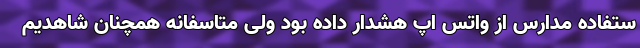
ستفاده مدارس از واتس اپ هشدار داده بود ولی متاسفانه همچنان شاهدیم